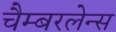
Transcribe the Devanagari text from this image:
चैम्बरलेन्स